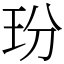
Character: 玢